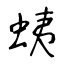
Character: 蛦